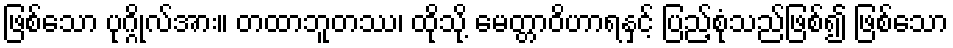
ဖြစ်သော ပုဂ္ဂိုလ်အား။ တထာဘူတဿ၊ ထိုသို့ မေတ္တာဝိဟာရနှင့် ပြည့်စုံသည်ဖြစ်၍ ဖြစ်သော